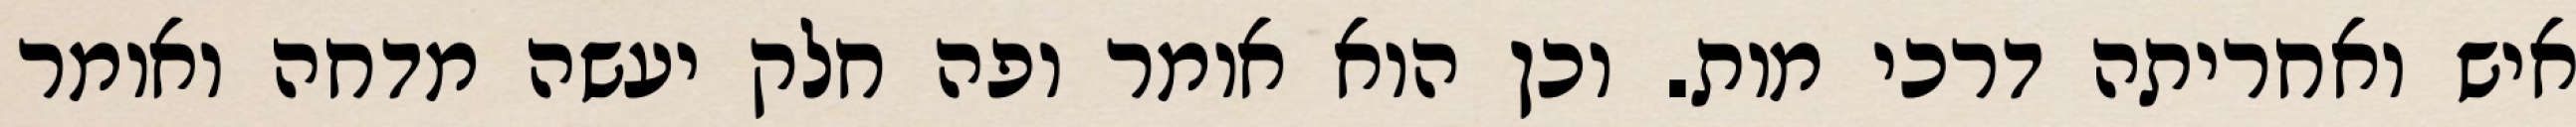
איש ואחריתה דרכי מות. וכן הוא אומר ופה חלק יעשה מדחה ואומר